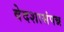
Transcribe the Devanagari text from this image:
वेदशासंपन्न